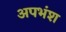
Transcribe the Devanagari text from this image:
अपभंश